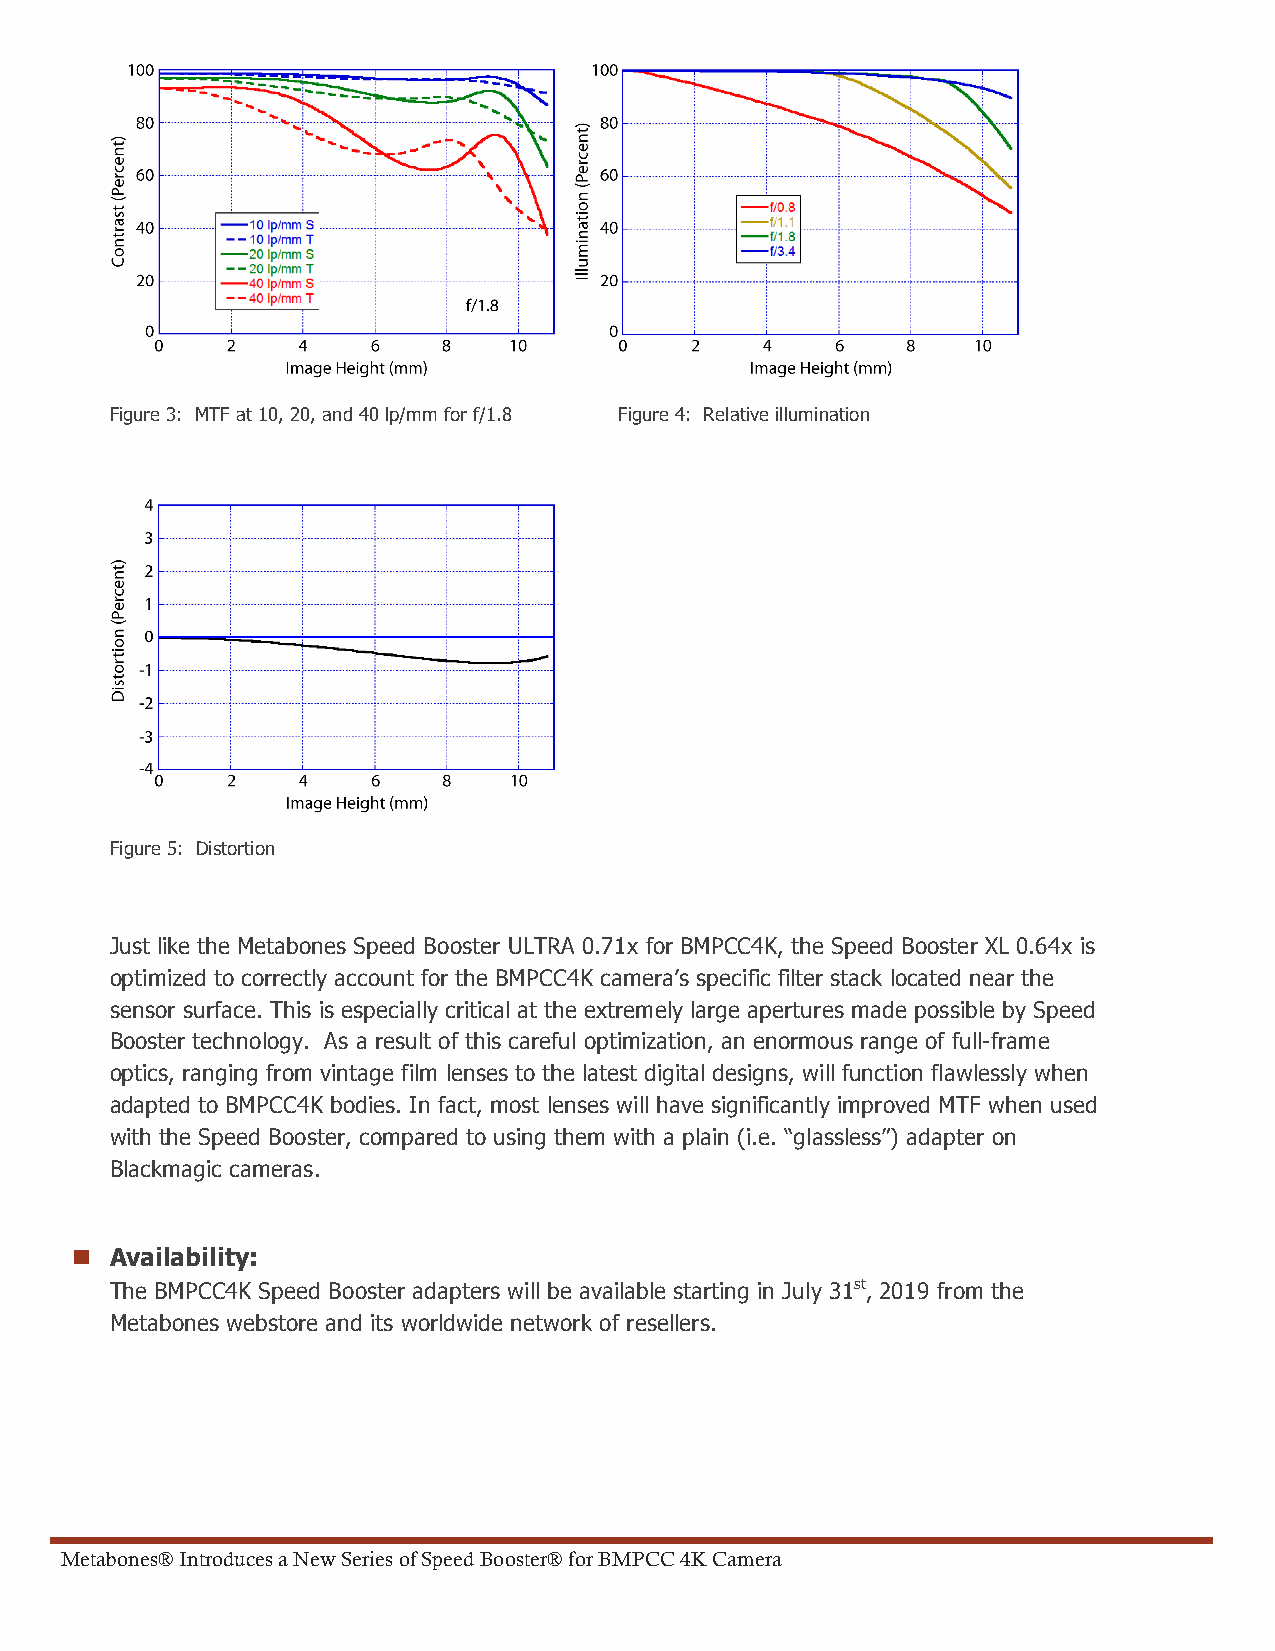
Figure 3: MTF at 10, 20, and 40 lp/mm for f/1.8 Figure 4: Relative illumination
 Figure 5: Distortion
 Just like the Metabones Speed Booster ULTRA 0.71x for BMPCC4K, the Speed Booster XL 0.64x is
 optimized to correctly account for the BMPCC4K camera’s specific filter stack located near the
 sensor surface. This is especially critical at the extremely large apertures made possible by Speed
 Booster technology. As a result of this careful optimization, an enormous range of full-frame
 optics, ranging from vintage film lenses to the latest digital designs, will function flawlessly when
 adapted to BMPCC4K bodies. In fact, most lenses will have significantly improved MTF when used
 with the Speed Booster, compared to using them with a plain (i.e. “glassless”) adapter on
 Blackmagic cameras.
 n Availability:
 The BMPCC4K Speed Booster adapters will be available starting in July 31st, 2019 from the
 Metabones webstore and its worldwide network of resellers.
 Metabones® Introduces a New Series of Speed Booster® for BMPCC 4K Camera                                                        5